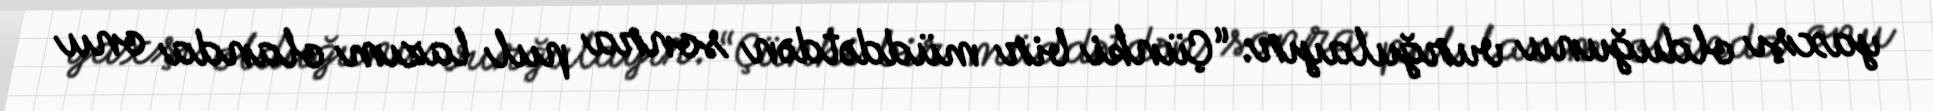
yaxşı olduğunu vurğulayır: “Çünki bir müddətdən sonra pul lazım olanda onu